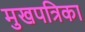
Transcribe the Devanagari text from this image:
मुखपत्रिका